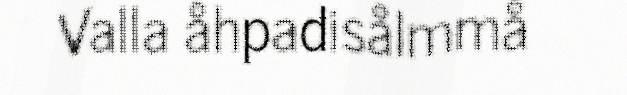
Valla åhpadisålmmå